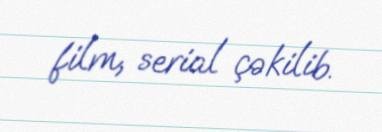
film, serial çəkilib.